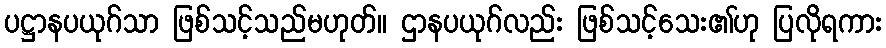
ပဋ္ဌာနပယုဂ်သာ ဖြစ်သင့်သည်မဟုတ်။ ဌာနပယုဂ်လည်း ဖြစ်သင့်သေး၏ဟု ပြလိုရကား